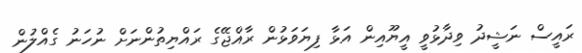
ރައީސް ނަޝީދު ވިދާޅުވީ އީޔޫއިން އަޅާ ފިޔަވަޅުން ރާއްޖޭގެ ރައްޔިތުންނަށް ނުހަނު ގެއްލުން